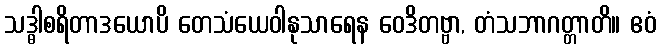
သဒ္ဓါစရိတာဒယောပိ တေသံယေဝါနုသာရေန ဝေဒိတဗ္ဗာ, တံသဘာဂတ္တာတိ။ ဧဝံ